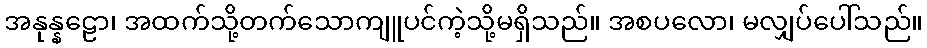
အနုန္နဠော၊ အထက်သို့တက်သောကျူပင်ကဲ့သို့မရှိသည်။ အစပလော၊ မလျှပ်ပေါ်သည်။